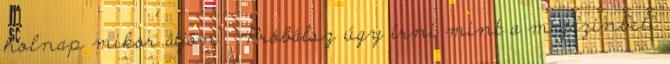
holnap mikor átjön. "-Próbálsz úgy írni mint a magazinbeli